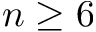
n \geq 6